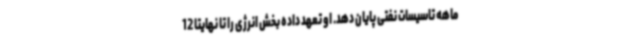
ماهه تاسیسات نفتی پایان دهد. او تعهد داده بخش انرژی را تا نهایتا 12